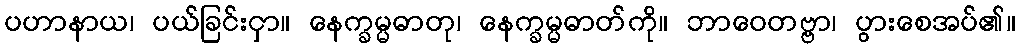
ပဟာနာယ၊ ပယ်ခြင်းငှာ။ နေက္ခမ္မဓာတု၊ နေက္ခမ္မဓာတ်ကို။ ဘာဝေတဗ္ဗာ၊ ပွားစေအပ်၏။